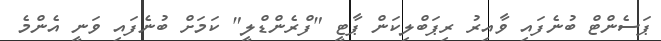
ޕަސެންޓް ބުނެފައި ވާއިރު ރިޕަބްލިކަން ޕާޓީ "ފްރެންޑްލީ" ކަމަށް ބުނެފައި ވަނީ އެންމެ